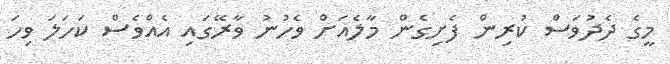
މީގެ ދެދުވަސް ކުރިން ފެށިގެން މާލެއަށް ވެހުނު ވާރޭގައި އެއްވެސް ކަހަލަ ވިހަ